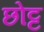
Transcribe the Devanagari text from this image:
छोट्ट